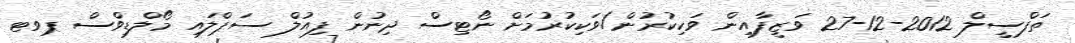
ތަފްސީލް 2012-12-27 ވަޒީފާއިން ވަކިކުރުން/ވަކިކުރުމަށް ނޯޓިސް ދިނުން ފިއުލް ސަޕްލައި މޯލްޑިވްސް ޕވޓ